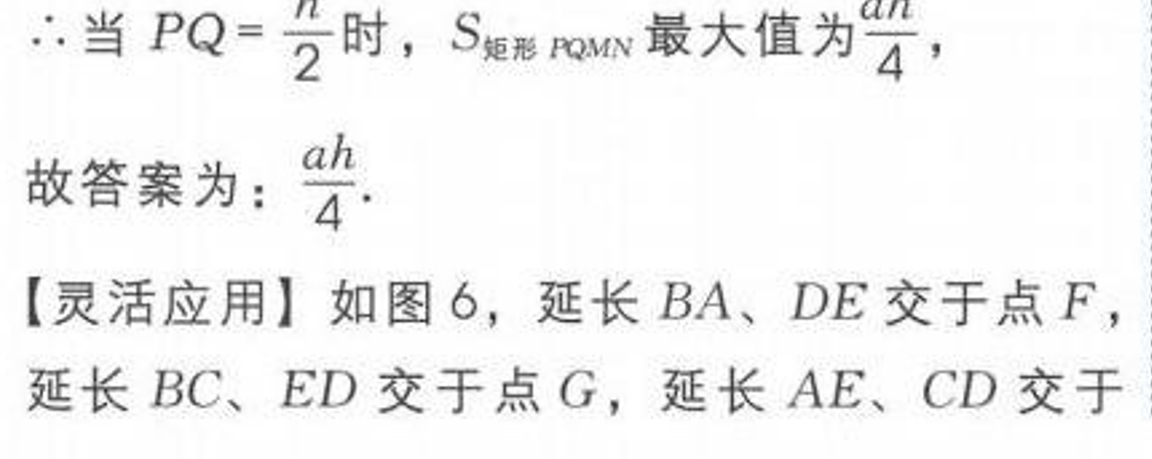
\(\therefore\)当 \(PQ = \frac{h}{2}\) 时，\(S_{矩形 PQMN}\)最大值为\(\frac{ah}{4}\)，
故答案为：\(\frac{ah}{4}\).
【灵活应用】如图6，延长 \(BA、DE\) 交于点 \(F\)，
延长 \(BC、ED\) 交于点 \(G\)，延长 \(AE、CD\) 交于